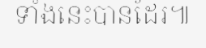
ទាំងនេះបានដែរ៕